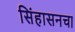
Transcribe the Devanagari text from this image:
सिंहासनचा